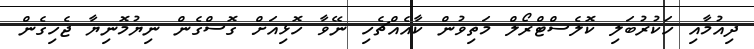
ދިއުމާއި ހަކުރުބަލި ކޮލެސްޓްރޯލް މަތިވުން ކާއެއްޗެހި ނޭވާ ހޮޅިއަށް ގޮސްގެން ނިޔުމޮނިޔާ ޖެހިގެން